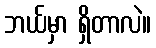
ဘယ်မှာ ရှိတာလဲ။